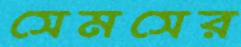
সেমসের